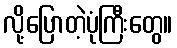
လို့ပြောတဲ့ပုံကြီးတွေ။